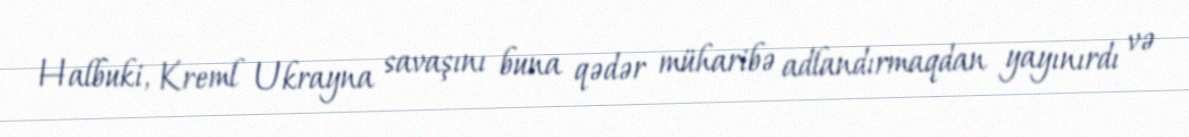
Halbuki, Kreml Ukrayna savaşını buna qədər müharibə adlandırmaqdan yayınırdı və